system: You are a helpful assistant.
user:
Analyze the provided spectrum to determine if it is a **Carbon Star (C-type)**.

- **Key Visual Indicators of Carbon Star:**
    - **(Primary):** Strong molecular absorption from **C₂ (diatomic carbon) "Swan Bands."** This is the **defining feature** of a carbon star.
        - **(Key Bandheads):** Sharp absorption edges are visible at approximately $5635$ Å, $5165$ Å (the strongest band), and $4737$ Å.
        - **(Line Profile):** Creates a distinct **"saw-tooth"** pattern. The key morphology is a sharp, steep bandhead on the **red (long-wavelength) side**, which then gradually tapers off (i.e., flux recovers) towards the **blue (short-wavelength) side**. *(This is the direct opposite of the TiO bands seen in M-type stars)*.

    - **(Secondary):** Intense **CN (cyanogen)** molecular absorption bands.
        - **(Key Bandheads):** Located in the blue and violet regions of the spectrum (e.g., near $4215$ Å and $3883$ Å).
        - **(Morphology):** These bands are extremely broad and act as a "blanket," absorbing the vast majority of blue and violet light. This creates a characteristic **"cliff"** or **"steep drop-off"** in the spectrum's flux at short wavelengths.

    - **(Key Confirmation):** Strong **CH absorption band (G-band)**.
        - **(Key Bandhead):** Located around $4300$ Å. The contribution from CH molecules to this band is exceptionally strong.

    - **(Overall Spectrum):**
        - The continuum is severely "chopped up" by these deep molecular bands, especially C₂, rather than appearing as a smooth curve.
        - Due to the heavy CN and C₂ absorption in the blue-green, the vast majority of the star's flux is concentrated in the red part of the spectrum, giving the star its characteristic deep red color.

Think first, call **spectral_visualization_tool** if needed to examine features in detail, then provide your final answer. Your response must adhere to the following strict rules:
1.  **Overall Structure:** Your response must follow the format `<think>...</think> <tool_call>...</tool_call> (if a tool is used) <answer>...</answer>`.
2.  **Tool Usage Constraint:** You may only make **one** tool call per turn.
3.  **Final Answer Format:** In the `<answer>` tag, your conclusion must be inside a `\boxed{}` command (e.g., `\boxed{YES}`), followed by your justification.

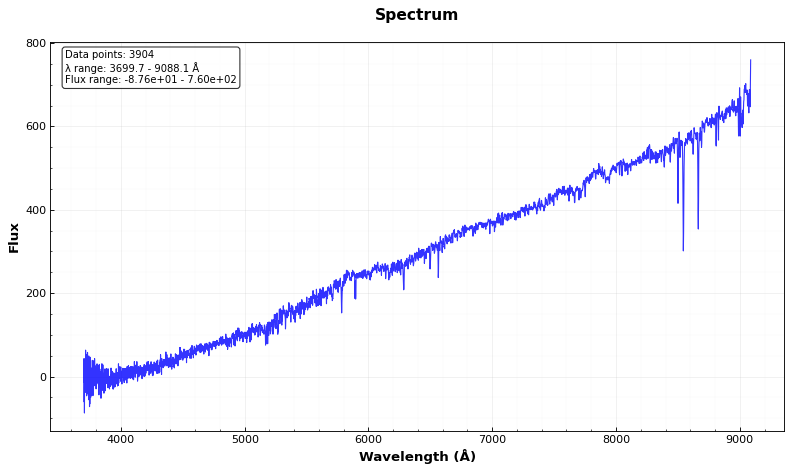
Answer: NO